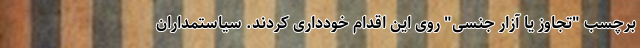
برچسب "تجاوز یا آزار جنسی" روی این اقدام خودداری کردند. سیاستمداران